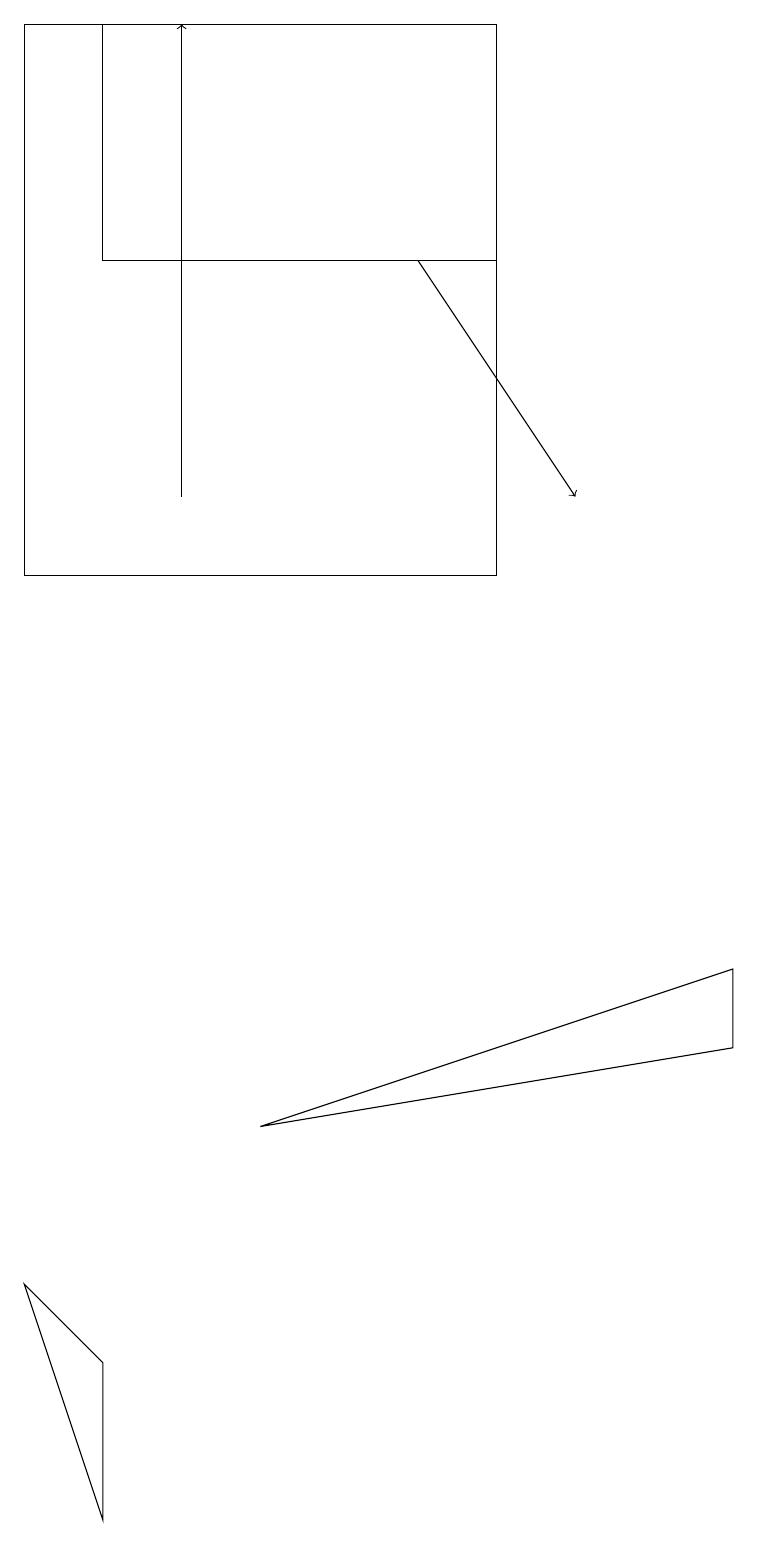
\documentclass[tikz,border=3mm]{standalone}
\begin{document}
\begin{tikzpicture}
\draw (6,19) rectangle (0,12);
\draw[->] (5,16) -- (7,13);
\draw (0,3) -- (1,0) -- (1,2) -- cycle;
\draw (3,5) -- (9,6) -- (9,7) -- cycle;
\draw (1,19) rectangle (6,16);
\draw[->] (2,13) -- (2,19);
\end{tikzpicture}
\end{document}